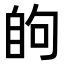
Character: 𮍘